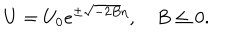
U = U _ { 0 } e ^ { \pm \sqrt { - 2 B } \eta } , \quad B \le 0 .